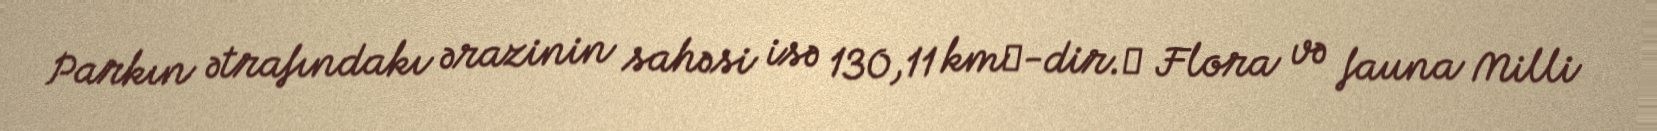
Parkın ətrafındakı ərazinin sahəsi isə 130,11 km²-dir.² Flora və fauna Milli